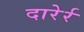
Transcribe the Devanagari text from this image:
दारेर्र